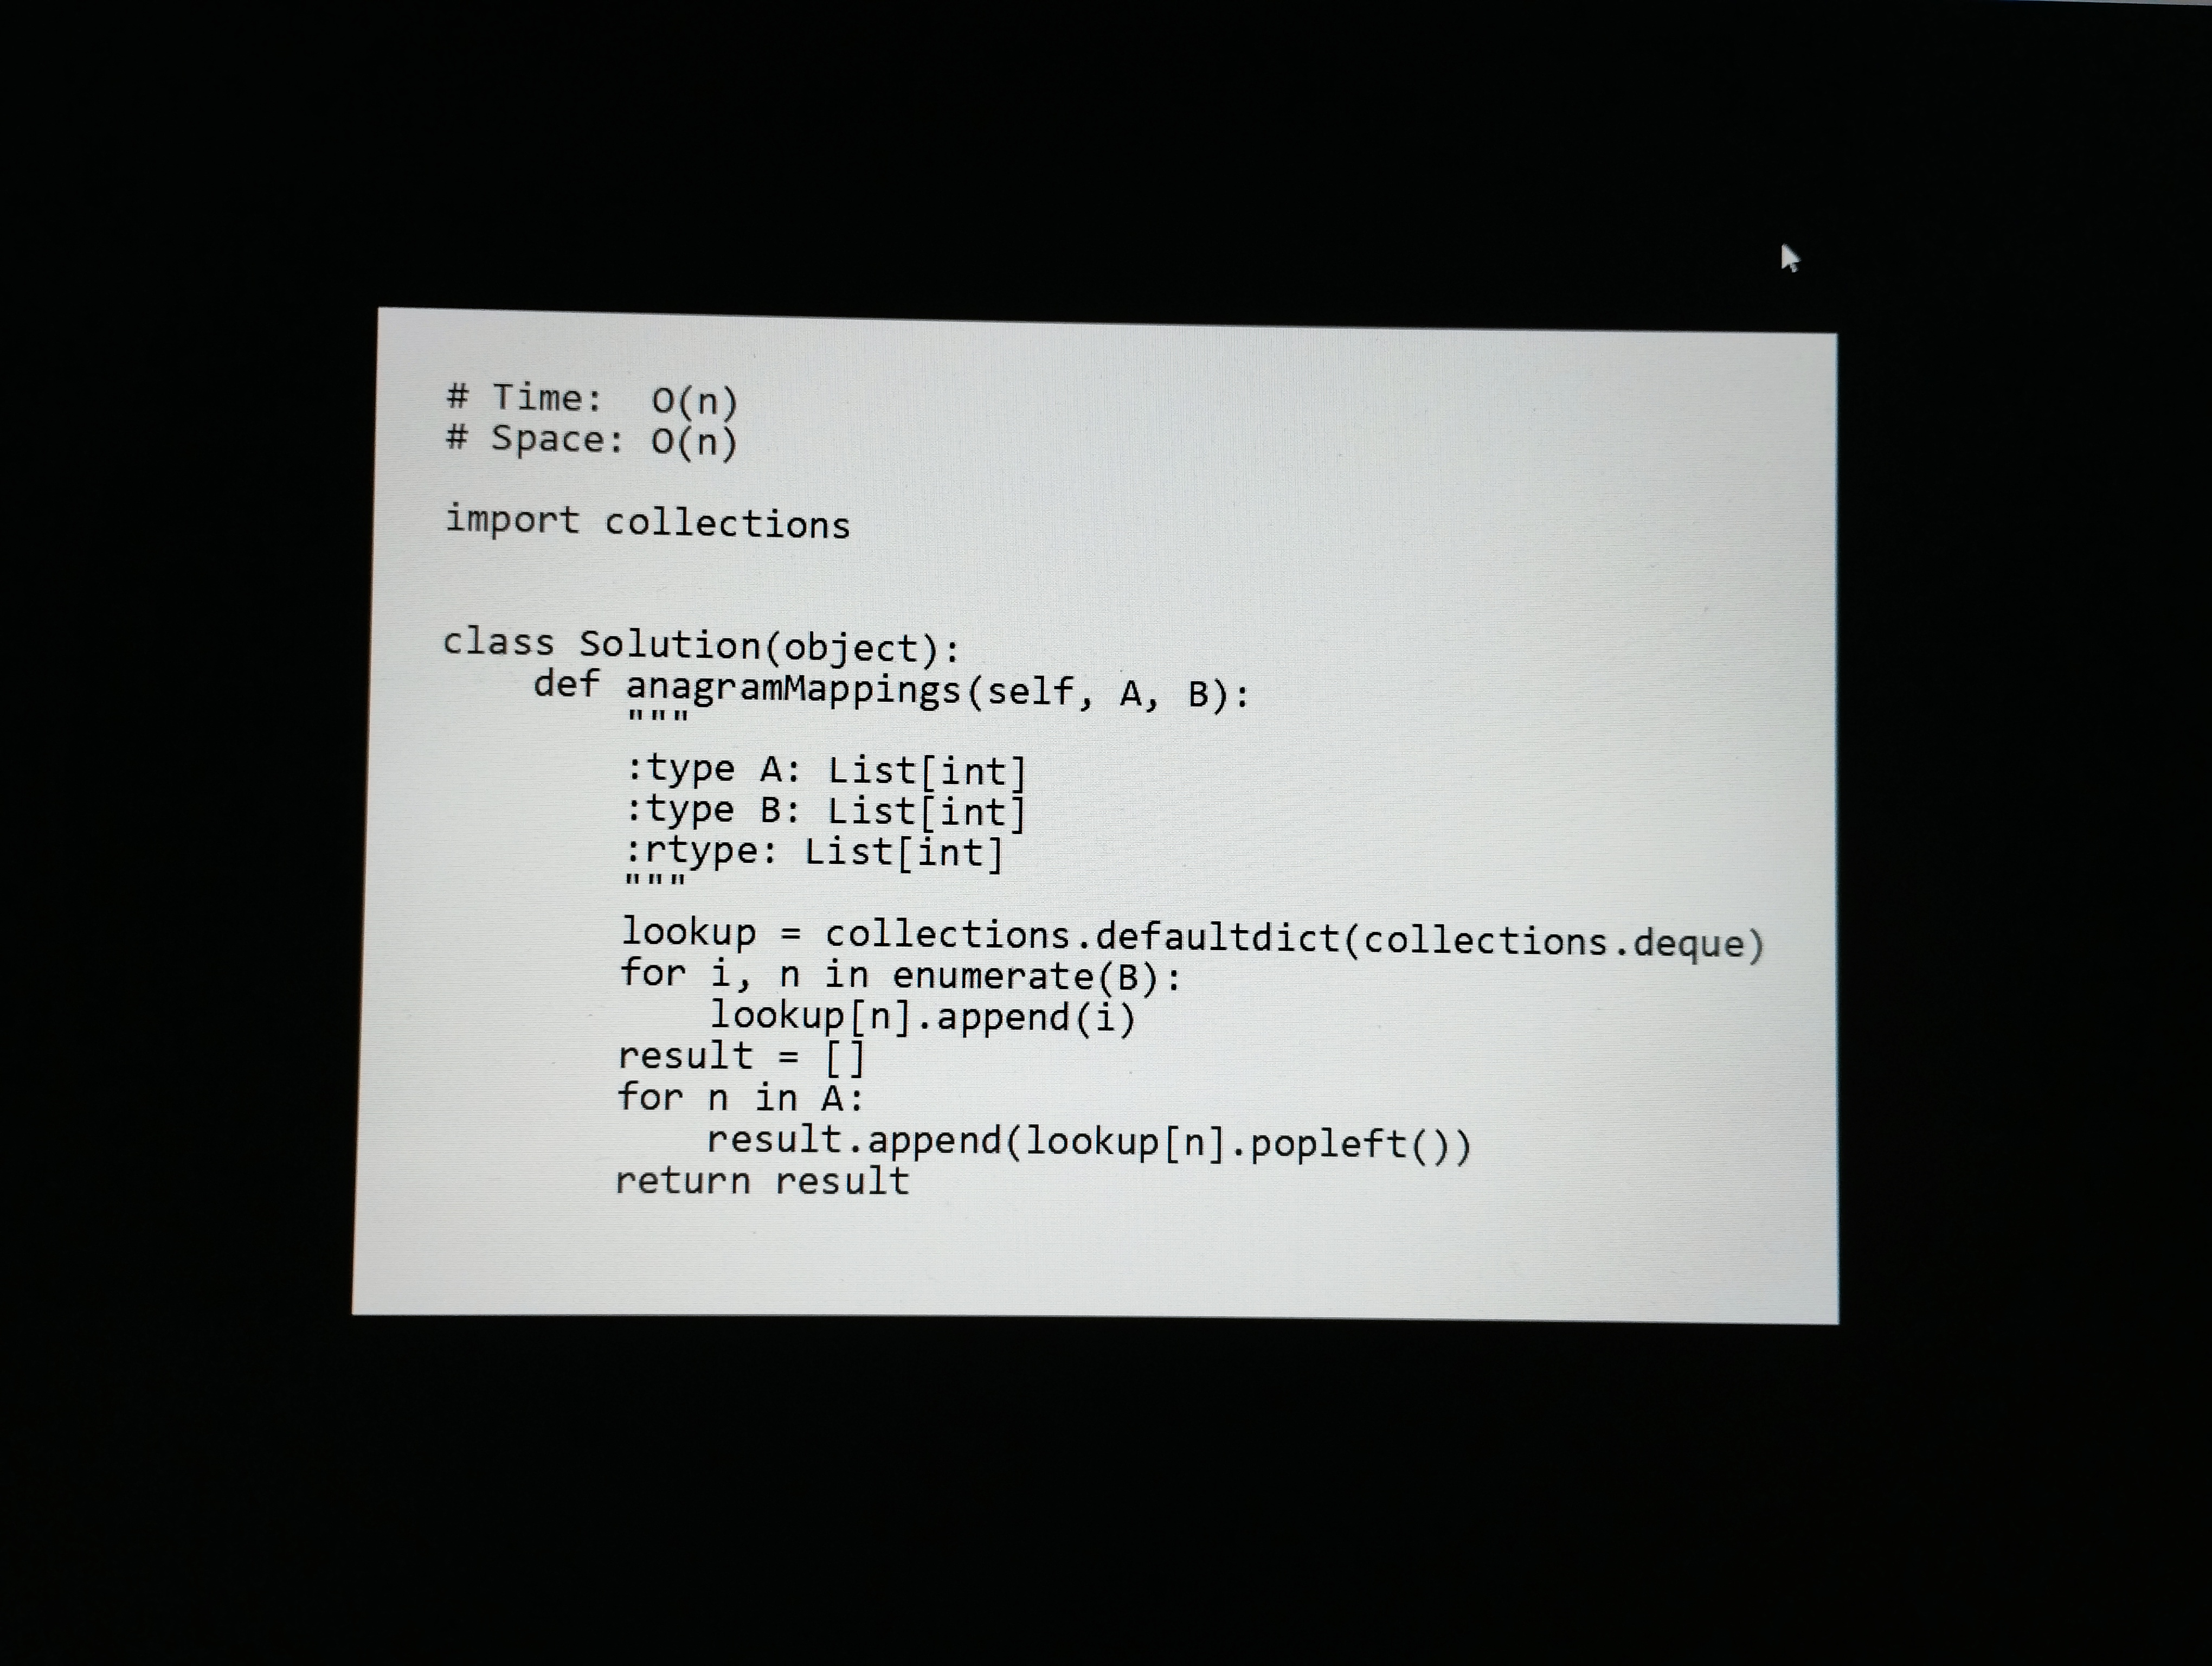
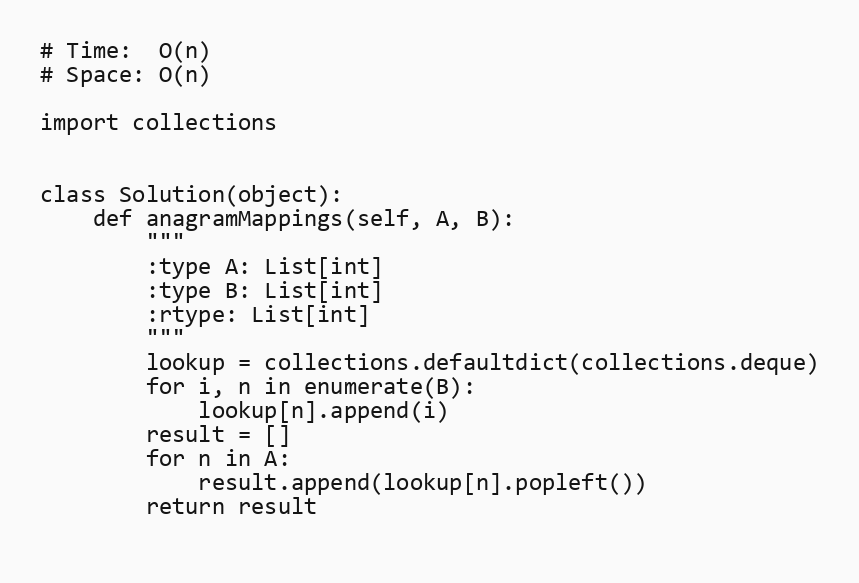
# Time:  O(n)
# Space: O(n)

import collections

class Solution(object):
    def anagramMappings(self, A, B):
        """
        :type A: List[int]
        :type B: List[int]
        :rtype: List[int]
        """
        lookup = collections.defaultdict(collections.deque)
        for i, n in enumerate(B):
            lookup[n].append(i)
        result = []
        for n in A:
            result.append(lookup[n].popleft())
        return result